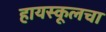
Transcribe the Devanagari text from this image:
हायस्‍कूलचा